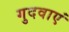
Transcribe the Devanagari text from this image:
गुदवाएं